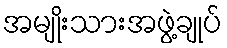
အမျိုးသားအဖွဲ့ချုပ်